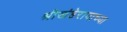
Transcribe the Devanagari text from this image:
श्रीखंडेरायाच्या